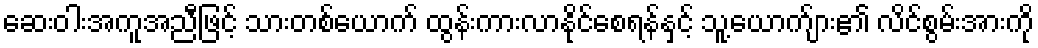
ဆေးဝါးအကူအညီဖြင့် သားတစ်ယောက် ထွန်းကားလာနိုင်စေရန်နှင့် သူ့ယောက်ျား၏ လိင်စွမ်းအားကို